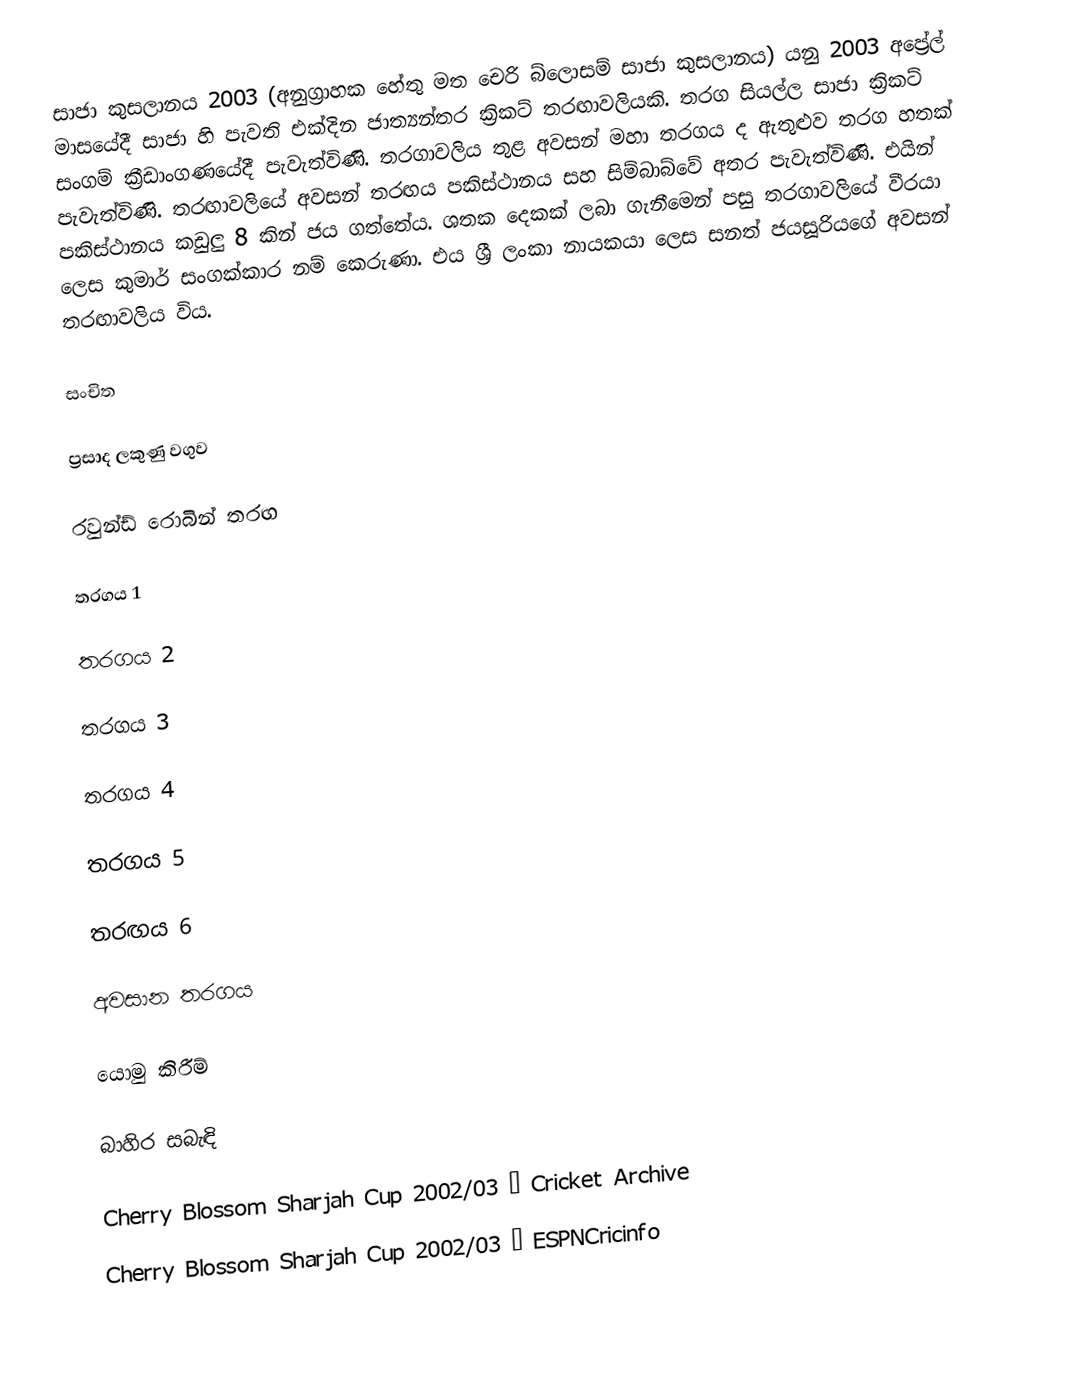
සාජා කුසලානය 2003 (අනුග්‍රාහක හේතු මත චෙරි බ්ලොසම් සාජා කුසලානය) යනු 2003 අප්‍රේල් මාසයේදී සාජා හි පැවති එක්දින ජාත්‍යන්තර ක්‍රිකට් තරඟාවලියකි. තරග සියල්ල සාජා ක්‍රිකට් සංගම් ක්‍රීඩාංගණයේදී පැවැත්විණි. තරගාවලිය තුළ අවසන් මහා තරගය ද ඇතුළුව තරග හතක් පැවැත්විණි. තරඟාවලියේ අවසන් තරඟය පකිස්ථානය සහ සිම්බාබ්වේ අතර පැවැත්විණි.  එයින් පකිස්ථානය කඩුලු 8 කින් ජය ගත්තේය.  ශතක දෙකක් ලබා ගැනීමෙන් පසු තරගාවලියේ වීරයා ලෙස කුමාර් සංගක්කාර නම් කෙරුණා.  එය ශ්‍රී ලංකා නායකයා ලෙස සනත් ජයසූරියගේ අවසන් තරඟාවලිය විය.

සංචිත

ප්‍රසාද ලකුණු වගුව

රවුන්ඩ් රොබින් තරඟ

තරගය 1

තරගය 2

තරගය 3

තරගය 4

තරගය 5

තරඟය 6

අවසාන තරගය

යොමු කිරීම්

බාහිර සබැඳි

 Cherry Blossom Sharjah Cup 2002/03 – Cricket Archive
 Cherry Blossom Sharjah Cup 2002/03 – ESPNCricinfo